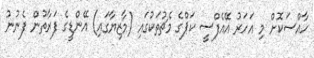
ހާއްސަކޮށް މި އަހަރު އޭއެފްސީ ކަޕްގެ މެޗުތަކުގައި (މާޒިޔާގައި) އޭންޑީގެ ފަރާތުން ފެނުނު